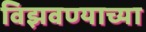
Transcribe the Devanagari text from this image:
विझवण्याच्या